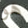
هو